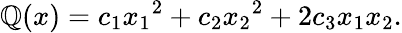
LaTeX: \mathbb{Q}(x)=c_{1}{x_{1}}^{2}+c_{2}{x_{2}}^{2}+2c_{3}x_{1}x_{2}.